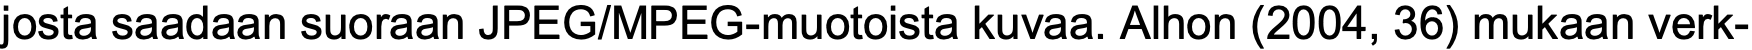
josta saadaan suoraan JPEG/MPEG-muotoista kuvaa. Alhon (2004, 36) mukaan verk-